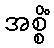
အစ္စိံ